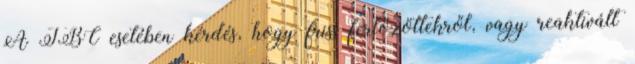
A TBC esetében kérdés, hogy friss fertőzöttekről, vagy reaktivált